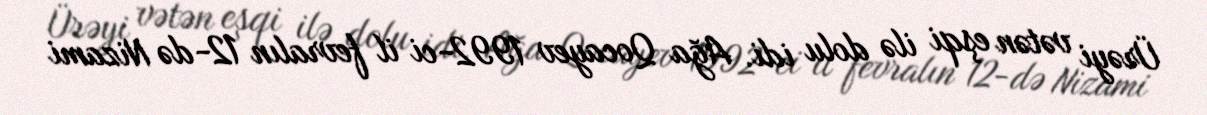
Ürəyi vətən eşqi ilə dolu idi. Ağa Qocayev 1992-ci il fevralın 12-də Nizami